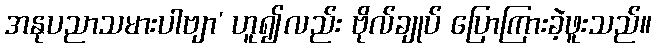
အနုပညာသမားပါဗျာ’ ဟူ၍လည်း ဗိုလ်ချုပ် ပြောကြားခဲ့ဖူးသည်။